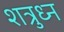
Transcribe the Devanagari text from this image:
शत्रुध्न